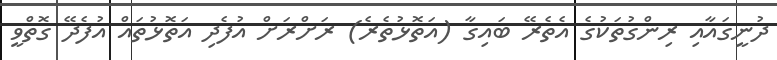
ދުނީގައާއި ރިންގުތަކުގެ އެތެރޭ ބައިގާ (އަތޮޅުތެރެ) ރަށްރަށް އުފެދި އަތޮޅުތައް އުފެދޭ ގޮތްވީ